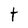
Character: t